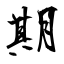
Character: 期